Civil Veterinary Department. United Provinces 1912-22 - 1912-1922
Year: 1912
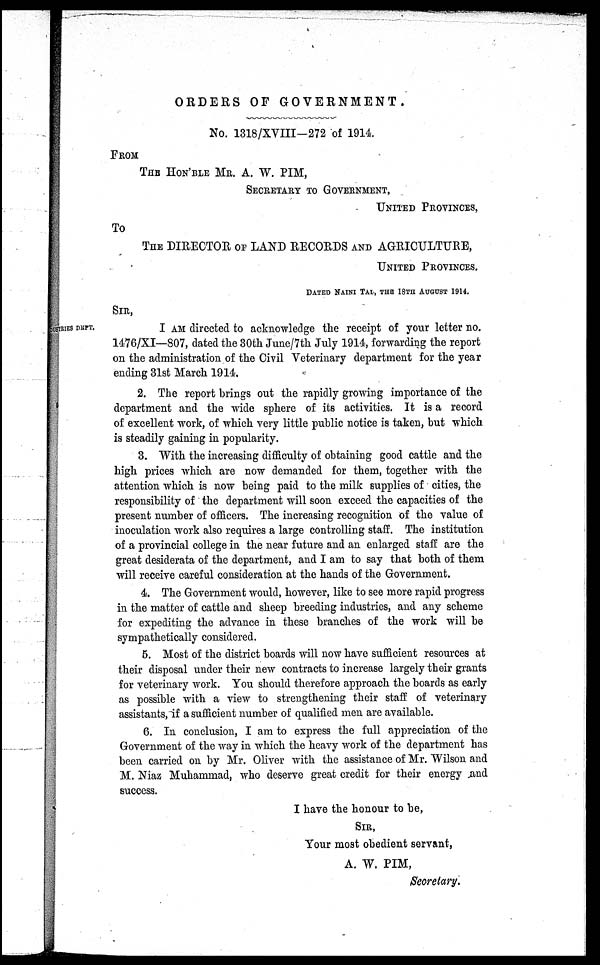
ORDERS OF GOVERNMENT.
No. 1318/XVIII-272 of 1914.
FROM
THE HON'BLE MR. A. W.
PIM,
SECRETARY TO GOVERNMENT,
UNITED PROVINCES,
To
THE DIRECTOR OF LAND RECORDS AND AGRICULTURE,
UNITED PROVINCES.
DATED NAINI TAL, THE 18TH AUGUST 1914.
SIR.
OUSTRIES DEPT.
I AM directed to acknowledge the receipt of your letter no.
1476/XI—807, dated the 30th June/7th July 1914, forwarding the report
on the administration of the Civil Veterinary department for the year
ending 31st March 1914.
2. The report brings out the rapidly growing importance of the
department and the wide sphere of its activities. It is a record
of excellent work, of which very little public notice is taken, but which
is steadily gaining in popularity.
3. With the increasing difficulty of obtaining good cattle and the
high prices which are now demanded for them, together with the
attention which is now being paid to the milk supplies of cities, the
responsibility of the department will soon exceed the capacities of the
present number of officers. The increasing recognition of the value of
inoculation work also requires a large controlling staff. The institution
of a provincial college in the near future and an enlarged staff are the
great desiderata of the department, and I am to say that both of them
will receive careful consideration at the hands of the Government.
4. The Government would, however, like to see more rapid progress
in the matter of cattle and sheep breeding industries, and any scheme
for expediting the advance in these branches of the work will be
sympathetically considered.
5. Most of the district boards will now have sufficient resources at
their disposal under their new contracts to increase largely their grants
for veterinary work. You should therefore approach the boards as early
as possible with a view to strengthening their staff of veterinary
assistants, if a sufficient number of qualified men are available.
6. In conclusion, I am to express the full appreciation of the
Government of the way in which the heavy work of the department has
been carried on by Mr. Oliver with the assistance of Mr. Wilson and
M. Niaz Muhammad, who deserve great credit for their energy and
success.
I have the honour to be,
SIR,
Your most obedient servant,
A. W. PIM,
Secretary.